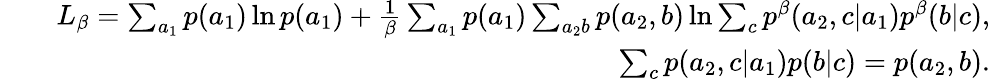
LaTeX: \begin{array}{rlr}&{}&{L_{\beta}=\sum_{a_{1}}p(a_{1})\ln p(a_{1})+\frac{1}{\beta}\sum_{a_{1}}p(a_{1})\sum_{a_{2}b}p(a_{2},b)\ln\sum_{c}p^{\beta}(a_{2},c|a_{1})p^{\beta}(b|c),}\\ &{}&{\sum_{c}p(a_{2},c|a_{1})p(b|c)=p(a_{2},b).}\end{array}